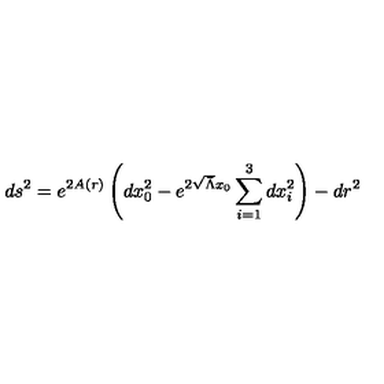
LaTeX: d s ^ { 2 } = e ^ { 2 A ( r ) } \left( d x _ { 0 } ^ { 2 } - e ^ { 2 \sqrt { \bar { \Lambda } } x _ { 0 } } \sum _ { i = 1 } ^ { 3 } d x _ { i } ^ { 2 } \right) - d r ^ { 2 }